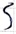
Text: S